Leaving Certificate Examination, 1913
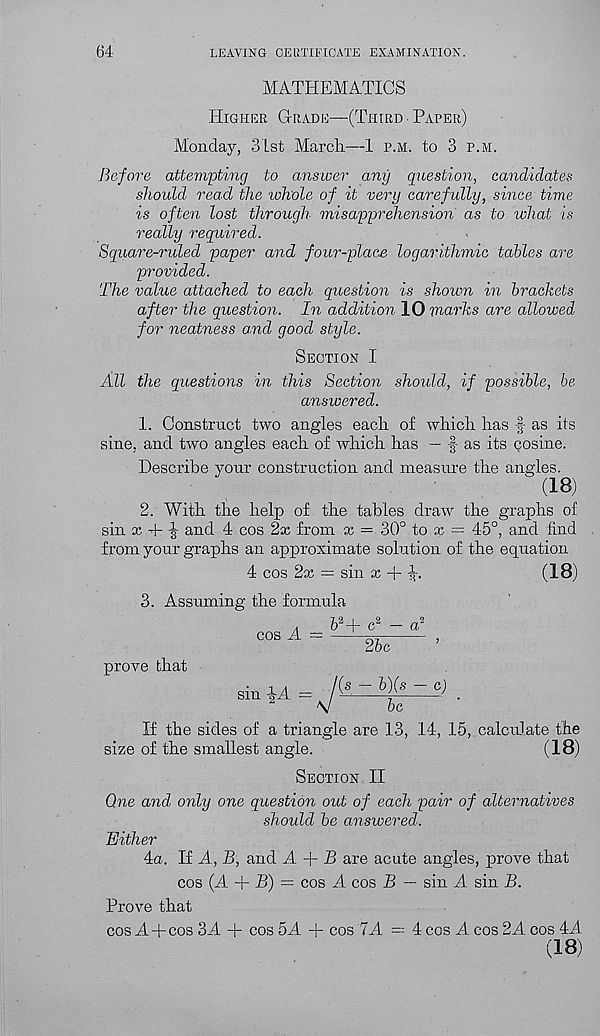
64
LEAVING CERTIFICATE EXAMINATION.
MATHEMATICS
Higher Grade—(Third Paper)
Monday, 3Lst March.—1 p.m. to 3 p.m.
Before attempting to answer any question, candidates
should read the whole of it very carefidly, since time
is often lost through misapprehension as to what is
really required.
Square-ruled paper and four-place logarithmic tables are
provided.
The value attached to each question is shown in brackets
after the question. In addition 10 marks are allowed
for neatness and good style.
Section I
All the questions in this Section shoidd, if possible, be
answered.
1. Construct two angles each of which has f- as its
sine, and two angles each of which has — f as its cosine.
Describe your construction and measure the angles.
(18)
2. With the help of the tables draw the graphs of
sin x 4-and 4 cos 2x from x = 30° to x — 45°, and find
from your graphs an approximate solution of the equation
4 cos 2x = sin x + H
(18)
3. Assuming the formula
Z> a + c 2
prove that
cos A =
sin iA =
26c
(s - b)(s
c)
be
If the sides of a triangle are 13, 14, 15, calculate the
size of the smallest angle.
(18)
Section II
One and only one question out of each pair of alternatives
should be answered.
Either
4a. If A, B, and A + P are acute angles, prove that
cos (A + P) = cos A cos P — sin A sin P.
Prove that
cos A + cos 3A + cos 5A + cos 7A = 4 cos A cos 2A cos 4A